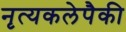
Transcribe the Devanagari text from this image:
नृत्यकलेपैकी